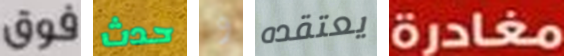
فوق حدث و يعتقده مغادرة